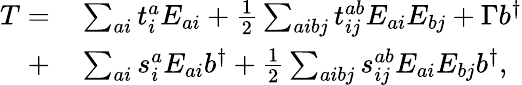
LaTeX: \begin{array}{rl}{T=}&{{}\sum_{ai}t_{i}^{a}E_{ai}+\frac{1}{2}\sum_{aibj}t_{ij}^{ab}E_{ai}E_{bj}+\Gamma b^{\dagger}}\\ {+}&{{}\sum_{ai}s_{i}^{a}E_{ai}b^{\dagger}+\frac{1}{2}\sum_{aibj}s_{ij}^{ab}E_{ai}E_{bj}b^{\dagger},}\end{array}